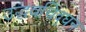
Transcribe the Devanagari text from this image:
उद्धवचिद्‌घन